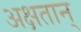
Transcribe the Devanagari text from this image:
अक्षतान्